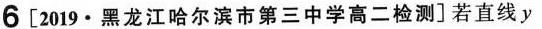
6[2019·黑龙江哈尔滨市第三中学高二检测]若直线$$y